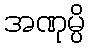
အဏုမ္ပိ